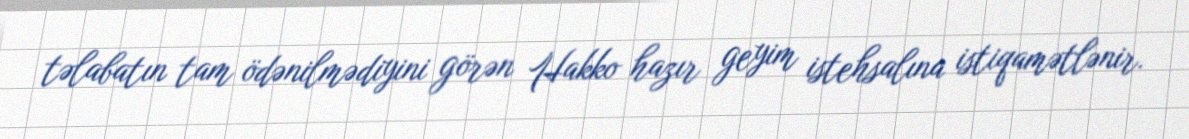
təlabatın tam ödənilmədiyini görən Hakko hazır geyim istehsalına istiqamətlənir.